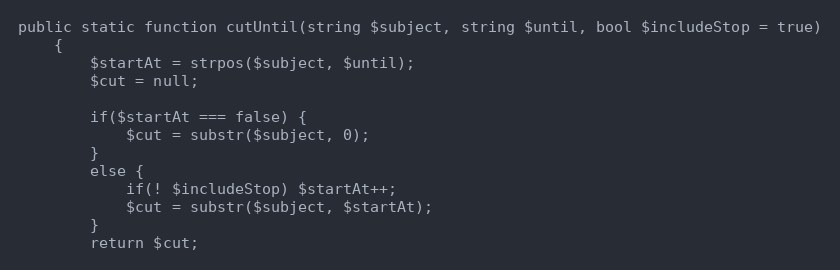
Language: PHP
public static function cutUntil(string $subject, string $until, bool $includeStop = true)
    {
        $startAt = strpos($subject, $until);
        $cut = null;

        if($startAt === false) {
            $cut = substr($subject, 0);
        }
        else {
            if(! $includeStop) $startAt++;
            $cut = substr($subject, $startAt);
        }
        return $cut;